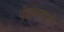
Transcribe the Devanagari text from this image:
वाहण्याचे